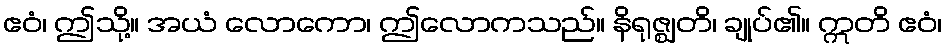
ဧဝံ၊ ဤသို့။ အယံ လောကော၊ ဤလောကသည်။ နိရုဇ္ဈတိ၊ ချုပ်၏။ ဣတိ ဧဝံ၊